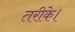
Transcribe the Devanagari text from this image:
तरीके।